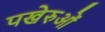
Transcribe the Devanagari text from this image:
पखेरुओं